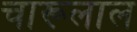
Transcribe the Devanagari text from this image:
चारूलाल